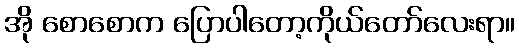
အို စောစောက ပြောပါတော့ကိုယ်တော်လေးရာ။